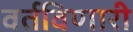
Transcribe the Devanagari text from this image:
वर्तविणारी